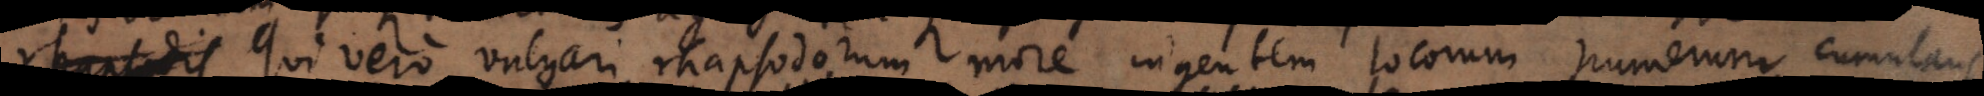
rhapsodis Qui vero vulgari rhapsodorum more ingentem locorum numerum cumulant